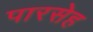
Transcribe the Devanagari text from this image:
पारसेह